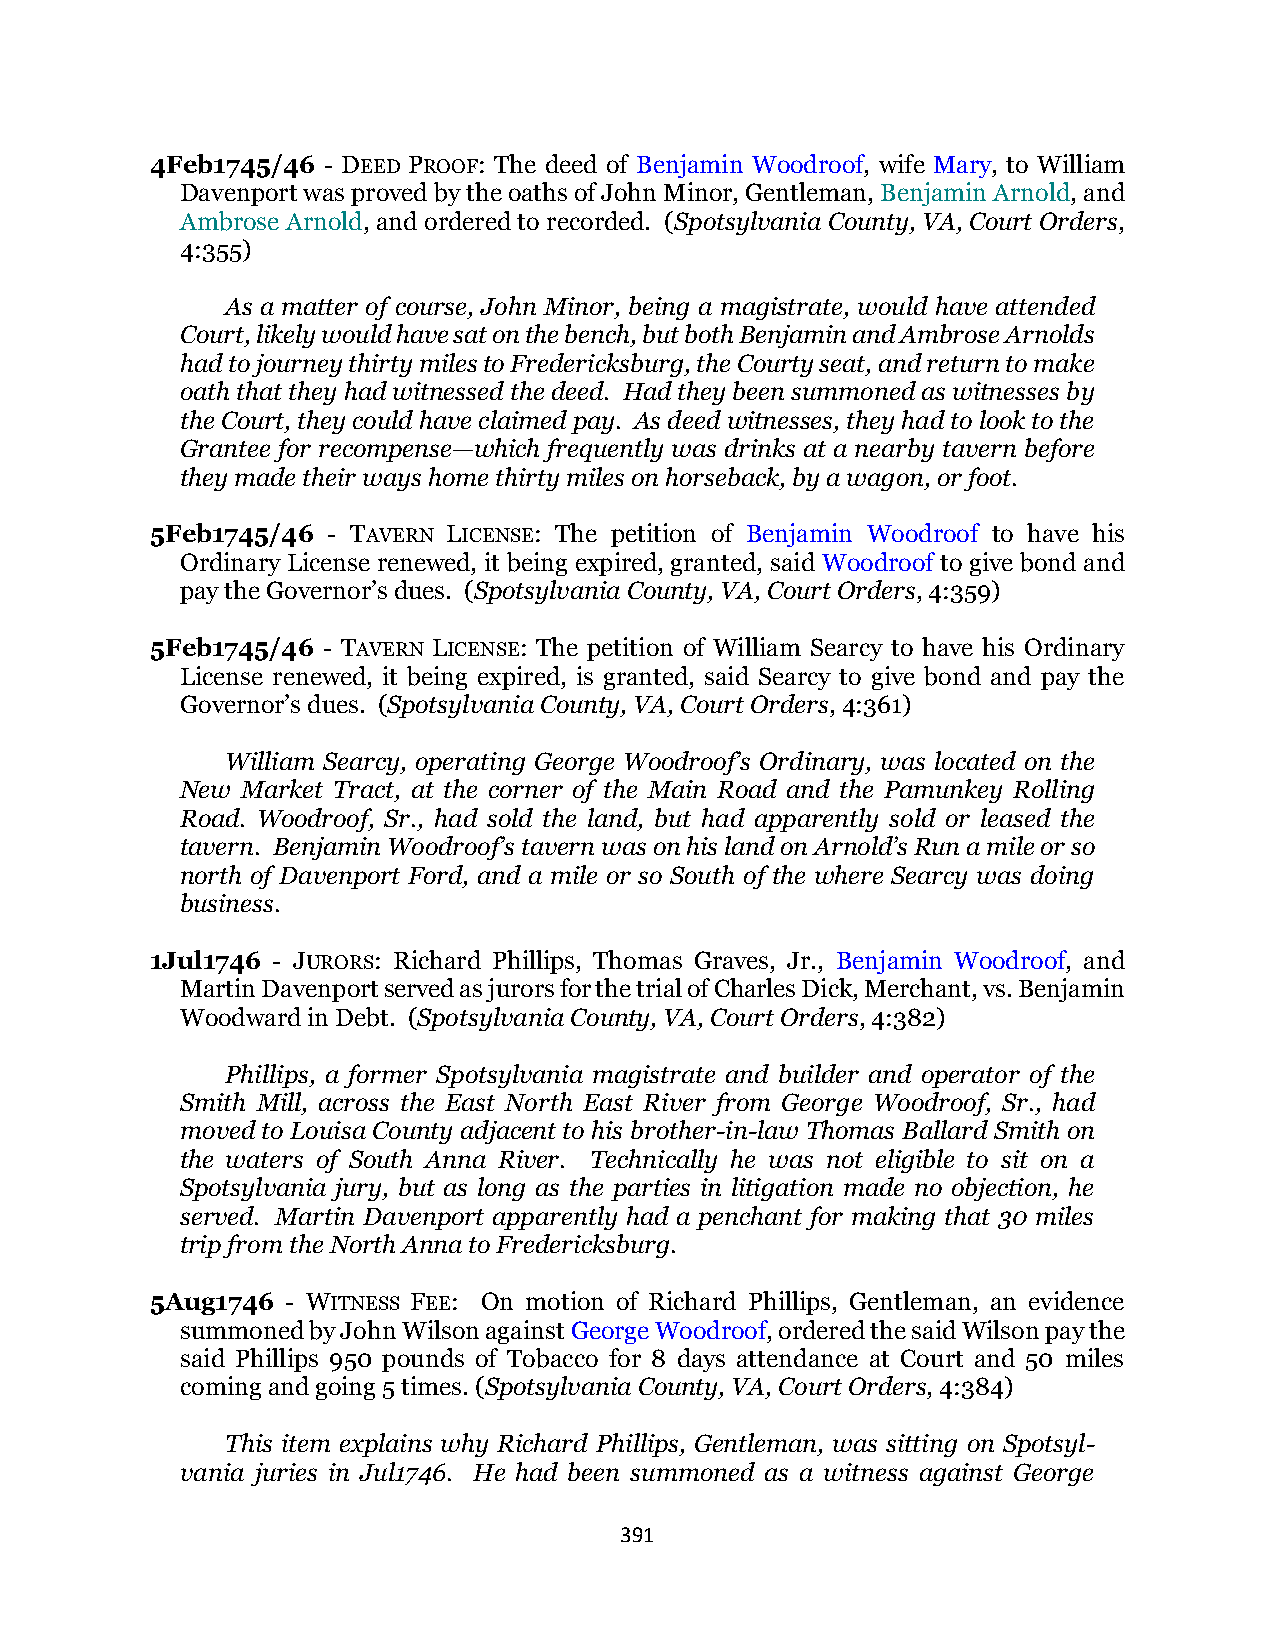
4Feb1745/46 - DEED PROOF: The deed of Benjamin Woodroof, wife Mary, to William
 Davenport was proved by the oaths of John Minor, Gentleman, Benjamin Arnold, and
 Ambrose Arnold, and ordered to recorded. (Spotsylvania County, VA, Court Orders,
 4:355)
 As a matter of course, John Minor, being a magistrate, would have attended
 Court, likely would have sat on the bench, but both Benjamin and Ambrose Arnolds
 had to journey thirty miles to Fredericksburg, the Courty seat, and return to make
 oath that they had witnessed the deed. Had they been summoned as witnesses by
 the Court, they could have claimed pay. As deed witnesses, they had to look to the
 Grantee for recompense—which frequently was drinks at a nearby tavern before
 they made their ways home thirty miles on horseback, by a wagon, or foot.
 5Feb1745/46 - TAVERN LICENSE: The petition of Benjamin Woodroof to have his
 Ordinary License renewed, it being expired, granted, said Woodroof to give bond and
 pay the Governor’s dues. (Spotsylvania County, VA, Court Orders, 4:359)
 5Feb1745/46 - TAVERN LICENSE: The petition of William Searcy to have his Ordinary
 License renewed, it being expired, is granted, said Searcy to give bond and pay the
 Governor’s dues. (Spotsylvania County, VA, Court Orders, 4:361)
 William Searcy, operating George Woodroof’s Ordinary, was located on the
 New Market Tract, at the corner of the Main Road and the Pamunkey Rolling
 Road. Woodroof, Sr., had sold the land, but had apparently sold or leased the
 tavern. Benjamin Woodroof’s tavern was on his land on Arnold’s Run a mile or so
 north of Davenport Ford, and a mile or so South of the where Searcy was doing
 business.
 1Jul1746 - JURORS: Richard Phillips, Thomas Graves, Jr., Benjamin Woodroof, and
 Martin Davenport served as jurors for the trial of Charles Dick, Merchant, vs. Benjamin
 Woodward in Debt. (Spotsylvania County, VA, Court Orders, 4:382)
 Phillips, a former Spotsylvania magistrate and builder and operator of the
 Smith Mill, across the East North East River from George Woodroof, Sr., had
 moved to Louisa County adjacent to his brother-in-law Thomas Ballard Smith on
 the waters of South Anna River. Technically he was not eligible to sit on a
 Spotsylvania jury, but as long as the parties in litigation made no objection, he
 served. Martin Davenport apparently had a penchant for making that 30 miles
 trip from the North Anna to Fredericksburg.
 5Aug1746 - WITNESS FEE: On motion of Richard Phillips, Gentleman, an evidence
 summoned by John Wilson against George Woodroof, ordered the said Wilson pay the
 said Phillips 950 pounds of Tobacco for 8 days attendance at Court and 50 miles
 coming and going 5 times. (Spotsylvania County, VA, Court Orders, 4:384)
 This item explains why Richard Phillips, Gentleman, was sitting on Spotsyl-
 vania juries in Jul1746. He had been summoned as a witness against George
 391